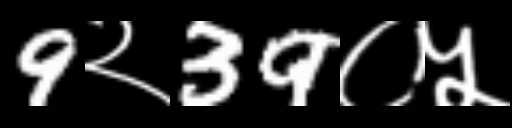
Text: 9२39०५